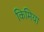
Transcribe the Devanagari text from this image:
किमिया